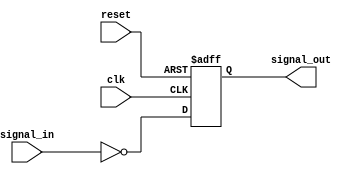
module inverter_delay(
    input wire clk,
    input wire reset,
    input wire signal_in,
    output wire signal_out
);

reg inverted_signal;

always @(posedge clk or posedge reset) begin
    if (reset)
        inverted_signal <= 1'b0;
    else
        inverted_signal <= ~signal_in;
end

assign #1 signal_out = inverted_signal;

endmodule